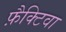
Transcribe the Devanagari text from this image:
फ़ैक्टिवा